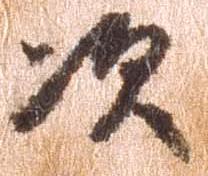
次